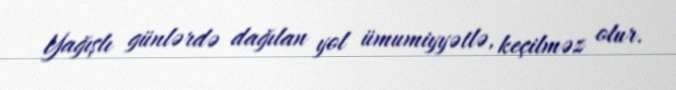
Yağışlı günlərdə dağılan yol ümumiyyətlə, keçilməz olur.